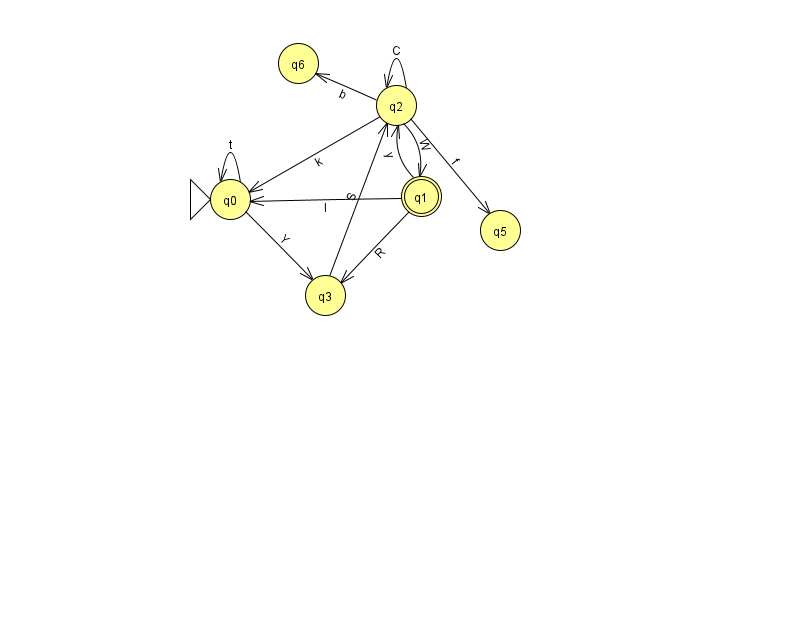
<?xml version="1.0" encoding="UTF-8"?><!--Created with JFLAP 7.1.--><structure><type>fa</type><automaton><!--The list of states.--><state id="0" name="q0"><x>230.0</x><y>186.0</y><initial/></state><state id="1" name="q1"><x>421.0</x><y>183.0</y><final/></state><state id="2" name="q2"><x>396.0</x><y>92.0</y></state><state id="3" name="q3"><x>325.0</x><y>282.0</y></state><state id="5" name="q5"><x>500.0</x><y>217.0</y></state><state id="6" name="q6"><x>298.0</x><y>50.0</y></state><!--The list of transitions.--><transition><from>1</from><to>3</to><read>R</read></transition><transition><from>1</from><to>2</to><read>y</read></transition><transition><from>2</from><to>2</to><read>C</read></transition><transition><from>0</from><to>0</to><read>t</read></transition><transition><from>0</from><to>3</to><read>Y</read></transition><transition><from>1</from><to>0</to><read>I</read></transition><transition><from>3</from><to>2</to><read>S</read></transition><transition><from>2</from><to>5</to><read>f</read></transition><transition><from>2</from><to>1</to><read>W</read></transition><transition><from>2</from><to>0</to><read>k</read></transition><transition><from>2</from><to>6</to><read>b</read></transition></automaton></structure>